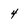
Character: 4